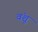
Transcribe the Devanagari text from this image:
वंशू